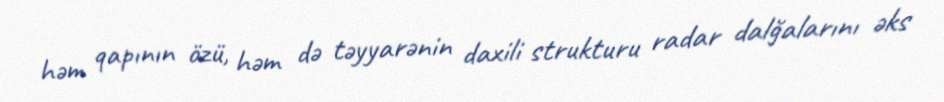
həm qapının özü, həm də təyyarənin daxili strukturu radar dalğalarını əks